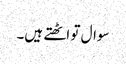
سوال تو اٹھتے ہیں۔